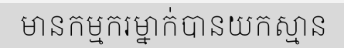
មានកម្មករម្នាក់បានយកស្មាន